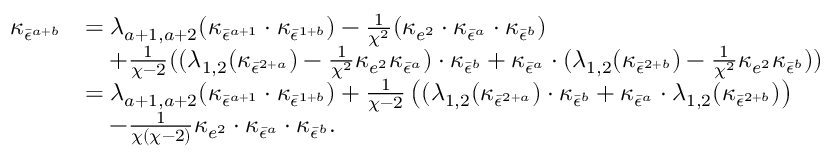
\begin{array} { r l } { \kappa _ { \bar { \epsilon } ^ { a + b } } } & { = \lambda _ { a + 1 , a + 2 } ( \kappa _ { \bar { \epsilon } ^ { a + 1 } } \cdot \kappa _ { \bar { \epsilon } ^ { 1 + b } } ) - \frac { 1 } { \chi ^ { 2 } } ( \kappa _ { e ^ { 2 } } \cdot \kappa _ { \bar { \epsilon } ^ { a } } \cdot \kappa _ { \bar { \epsilon } ^ { b } } ) } \\ & { \quad + \frac { 1 } { \chi - 2 } ( ( \lambda _ { 1 , 2 } ( \kappa _ { \bar { \epsilon } ^ { 2 + a } } ) - \frac { 1 } { \chi ^ { 2 } } \kappa _ { e ^ { 2 } } \kappa _ { \bar { \epsilon } ^ { a } } ) \cdot \kappa _ { \bar { \epsilon } ^ { b } } + \kappa _ { \bar { \epsilon } ^ { a } } \cdot ( \lambda _ { 1 , 2 } ( \kappa _ { \bar { \epsilon } ^ { 2 + b } } ) - \frac { 1 } { \chi ^ { 2 } } \kappa _ { e ^ { 2 } } \kappa _ { \bar { \epsilon } ^ { b } } ) ) } \\ & { = \lambda _ { a + 1 , a + 2 } ( \kappa _ { \bar { \epsilon } ^ { a + 1 } } \cdot \kappa _ { \bar { \epsilon } ^ { 1 + b } } ) + \frac { 1 } { \chi - 2 } \left( ( \lambda _ { 1 , 2 } ( \kappa _ { \bar { \epsilon } ^ { 2 + a } } ) \cdot \kappa _ { \bar { \epsilon } ^ { b } } + \kappa _ { \bar { \epsilon } ^ { a } } \cdot \lambda _ { 1 , 2 } ( \kappa _ { \bar { \epsilon } ^ { 2 + b } } ) \right) } \\ & { \quad - \frac { 1 } { \chi ( \chi - 2 ) } \kappa _ { e ^ { 2 } } \cdot \kappa _ { \bar { \epsilon } ^ { a } } \cdot \kappa _ { \bar { \epsilon } ^ { b } } . } \end{array}